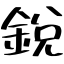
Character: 銳